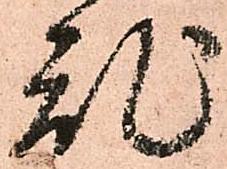
乱